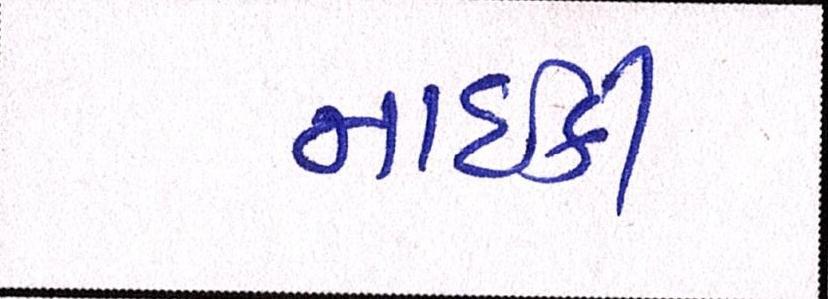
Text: નાઇકી